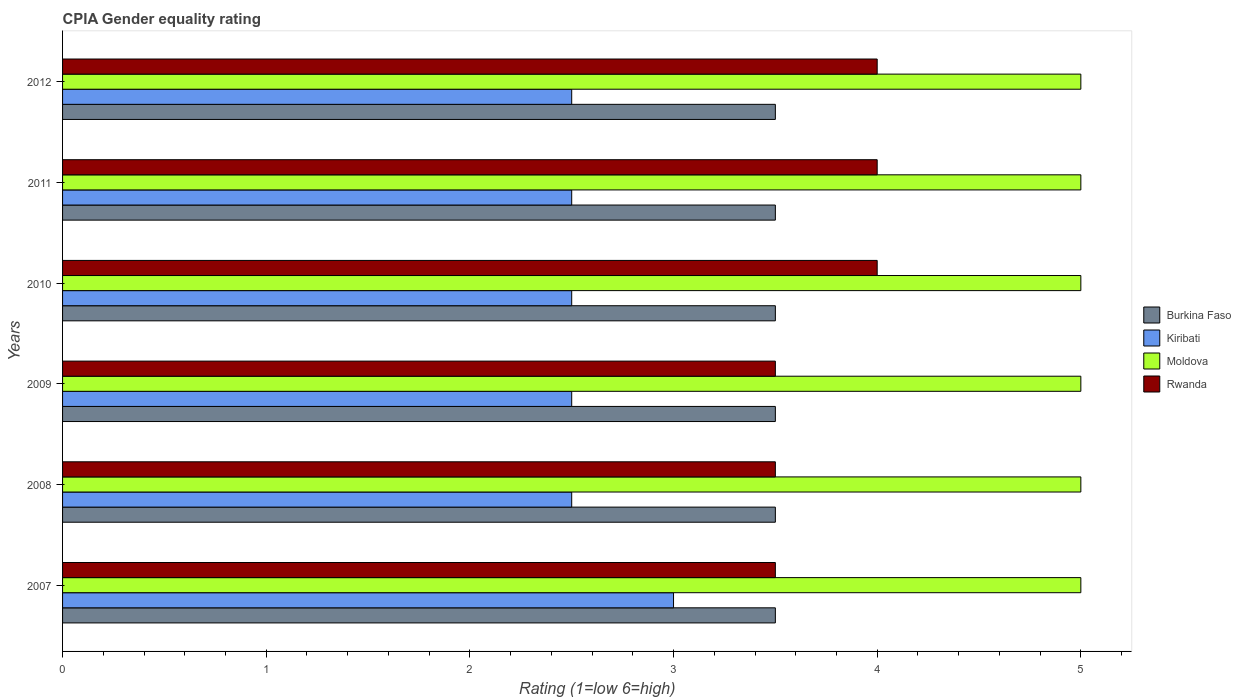
| Years | Burkina Faso | Kiribati | Moldova | Rwanda |
 | --- | --- | --- | --- | --- |
 | 2007 | 3.5 | 3 | 5 | 3.5 |
 | 2008 | 3.5 | 2.5 | 5 | 3.5 |
 | 2009 | 3.5 | 2.5 | 5 | 3.5 |
 | 2010 | 3.5 | 2.5 | 5 | 4 |
 | 2011 | 3.5 | 2.5 | 5 | 4 |
 | 2012 | 3.5 | 2.5 | 5 | 4 |